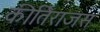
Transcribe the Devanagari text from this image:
कीर्तिराजस